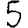
Digit: 5